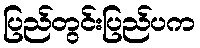
ပြည်တွင်းပြည်ပက